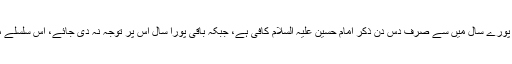
اسلام ٹائمز: اس مقصد کی ترویج کیلئے کیا پورے سال میں سے صرف دس دن ذکر امام حسین علیہ السلام کافی ہے، جبکہ باقی پورا سال اس پر توجہ نہ دی جائے، اس سلسلے میں کیا ہونا چاہیے کہ یہ پیغام جاری رہے۔